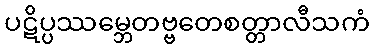
ပဋိပ္ပဿမ္ဘေတဗ္ဗတေစတ္တာလီသကံ